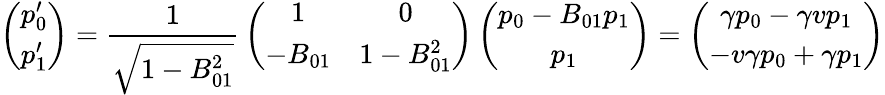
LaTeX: \left(\begin{array}{c}{{p_{0}^{\prime}}}\\ {{p_{1}^{\prime}}}\end{array}\right)={\frac{1}{\sqrt{1-B_{01}^{2}}}}\left(\begin{array}{cc}{{1}}&{{0}}\\ {{-B_{01}}}&{{1-B_{01}^{2}}}\end{array}\right)\left(\begin{array}{c}{{p_{0}-B_{01}p_{1}}}\\ {{p_{1}}}\end{array}\right)=\left(\begin{array}{c}{{\gamma p_{0}-\gamma vp_{1}}}\\ {{-v\gamma p_{0}+\gamma p_{1}}}\end{array}\right)